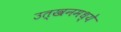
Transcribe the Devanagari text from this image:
उत्खनमध्ये